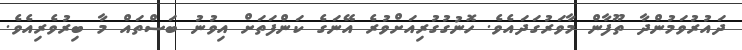
ދައުރުވަމުންދާ ތޫފާން މާވަރުގަދައެވެ. ހޮނުގުގުރިއަށްވުރެ އޭނަގެ ކަންފަތަށް އިވުނު ބަސްތައް މާ ބިރުވެރިއެވެ.